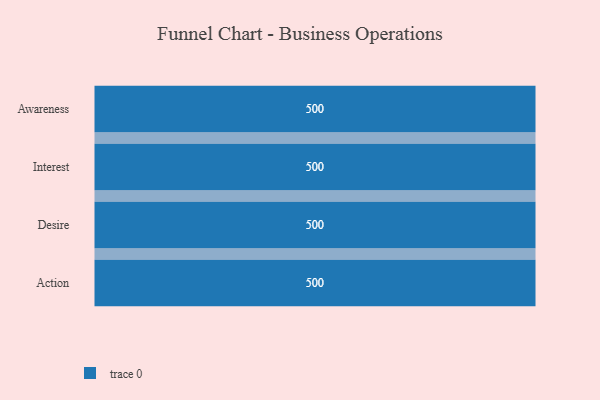
{"axis": {"x": "Stage", "y": "Value"}, "legend": [""], "data": [{"x": "Awareness", "y": 500, "type": ""}, {"x": "Interest", "y": 500, "type": ""}, {"x": "Desire", "y": 500, "type": ""}, {"x": "Action", "y": 500, "type": ""}]}